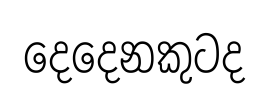
දෙදෙනකුටද